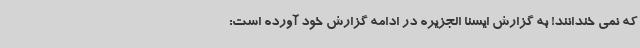
که نمی خندانند! به گزارش ایسنا الجزیره در ادامه گزارش خود آورده است: